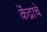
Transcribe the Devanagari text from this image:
कॆंद्राचे